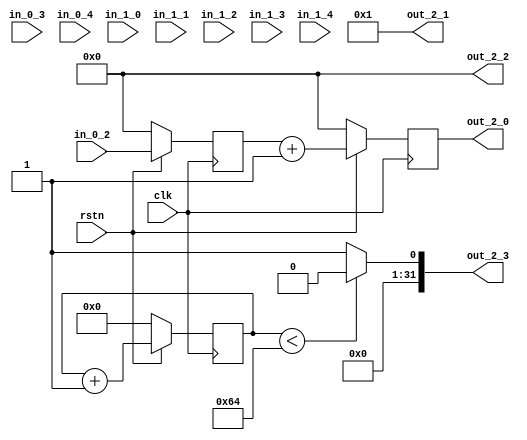
module cfg_test#(
    parameter DATA_WIDTH = 32
)(
    input clk,
    input rstn,

    input        [DATA_WIDTH - 1 : 0] in_0_2     ,
    input        [DATA_WIDTH - 1 : 0] in_0_3     ,
    input        [DATA_WIDTH - 1 : 0] in_0_4     ,
    input        [DATA_WIDTH - 1 : 0] in_1_0     ,
    input        [DATA_WIDTH - 1 : 0] in_1_1     ,
    input        [DATA_WIDTH - 1 : 0] in_1_2     ,
    input        [DATA_WIDTH - 1 : 0] in_1_3     ,
    input        [DATA_WIDTH - 1 : 0] in_1_4     ,
    output       [DATA_WIDTH - 1 : 0] out_2_0     ,
    output       [DATA_WIDTH - 1 : 0] out_2_1     ,
    output       [DATA_WIDTH - 1 : 0] out_2_2     ,
    output       [DATA_WIDTH - 1 : 0] out_2_3      
    
);
reg [18:0] cnt;
reg [31:0] reg_0_2;
reg [31:0] reg_2_0;
assign out_2_1 = 1'b1;
assign out_2_2 = 1'b0;
assign out_2_0 = reg_2_0;
always @ (posedge clk)
begin
    if (!rstn)
        reg_0_2 <= 0;
    else
        reg_0_2 <= in_0_2;
end

always @ (posedge clk)
begin
    if (!rstn)
        reg_2_0 <= 0;
    else
        reg_2_0 <= reg_0_2 + 1;
end


always @ (posedge clk)
begin
    if (!rstn)
        cnt <= 0;
    else 
        cnt <= cnt +1;
end

assign out_2_3 = (cnt <100) ? 1'b0 :1'b1;


endmodule